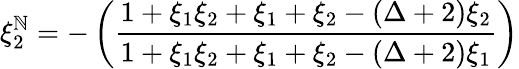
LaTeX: \xi_{2}^{\mathbb{N}}=-\left(\frac{{1+\xi_{1}\xi_{2}+\xi_{1}+\xi_{2}-(\Delta+2)\xi_{2}}}{{1+\xi_{1}\xi_{2}+\xi_{1}+\xi_{2}-(\Delta+2)\xi_{1}}}\right)